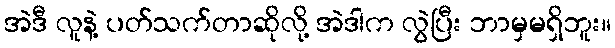
အဲဒီ လူနဲ့ ပတ်သက်တာဆိုလို့ အဲဒါက လွဲပြီး ဘာမှမရှိဘူး။